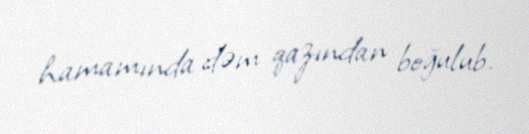
hamamında dəm qazından boğulub.